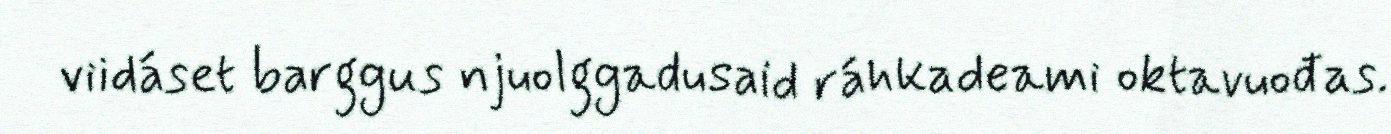
viidáset barggus njuolggadusaid ráhkadeami oktavuođas.